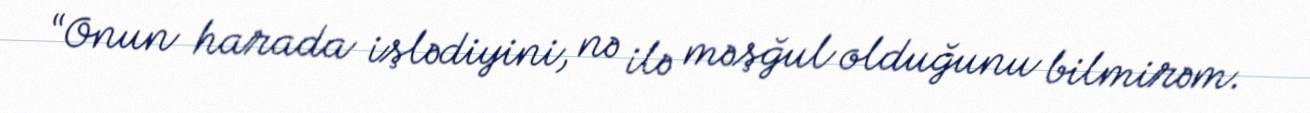
“Onun harada işlədiyini, nə ilə məşğul olduğunu bilmirəm.